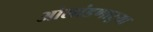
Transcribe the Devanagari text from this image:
ओलांडणाऱ्या